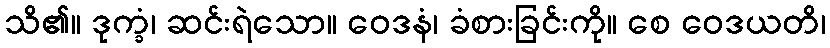
သိ၏။ ဒုက္ခံ၊ ဆင်းရဲသော။ ဝေဒနံ၊ ခံစားခြင်းကို။ စေ ဝေဒယတိ၊